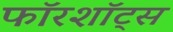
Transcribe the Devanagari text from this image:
फॉरशॉट्स